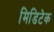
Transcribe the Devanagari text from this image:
मिडिटेक